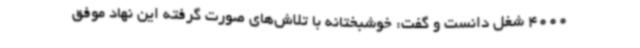
4000 شغل دانست و گفت: خوشبختانه با تلاش‌های صورت گرفته این نهاد موفق